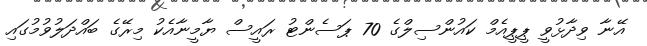
އޭނާ ވިދާޅުވީ ޕީޕީއެމް ކައުންސިލްގެ 70 ޕަސެންޓު ރައީސް ޔާމީނާއެކު މިރޭގެ ބައްދަލުވުމުގައި